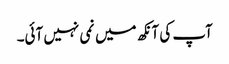
آپ کی آنکھ میں نمی نہیں آئی۔